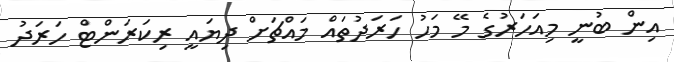
އިން ބުނީ މިއަހަރުގެ މޭ މަހު ހަރަދުތައް މައްޗަށް ދިޔައީ ރިކަރަންޓް ހަރަދު